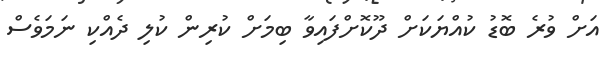
އަށް ވުރެ ބޮޑު ކުއްޔަކަށް ދޫކޮށްފައިވާ ބިމަށް ކުރިން ކުލި ދެއްކި ނަމަވެސް